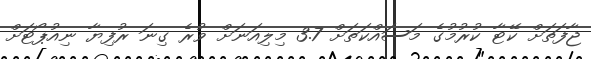
ޖާފަތަށް ކޭޓާ ކުރުމުގެ މަސައްކަތަށް 3.7 މިލިއަނަށް ވުރެ ގިނަ ރުފިޔާ ނިއުޕޯޓަށް